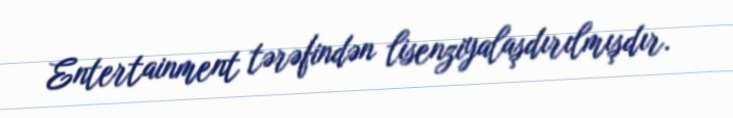
Entertainment tərəfindən lisenziyalaşdırılmışdır.